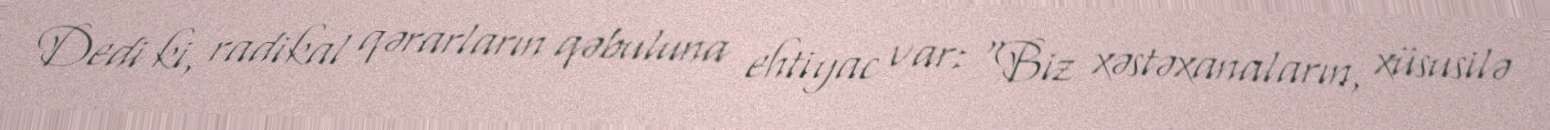
Dedi ki, radikal qərarların qəbuluna ehtiyac var: “Biz xəstəxanaların, xüsusilə